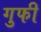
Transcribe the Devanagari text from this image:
गुफी